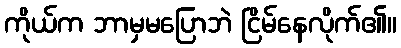
ကိုယ်က ဘာမှမပြောဘဲ ငြိမ်နေလိုက်၏။